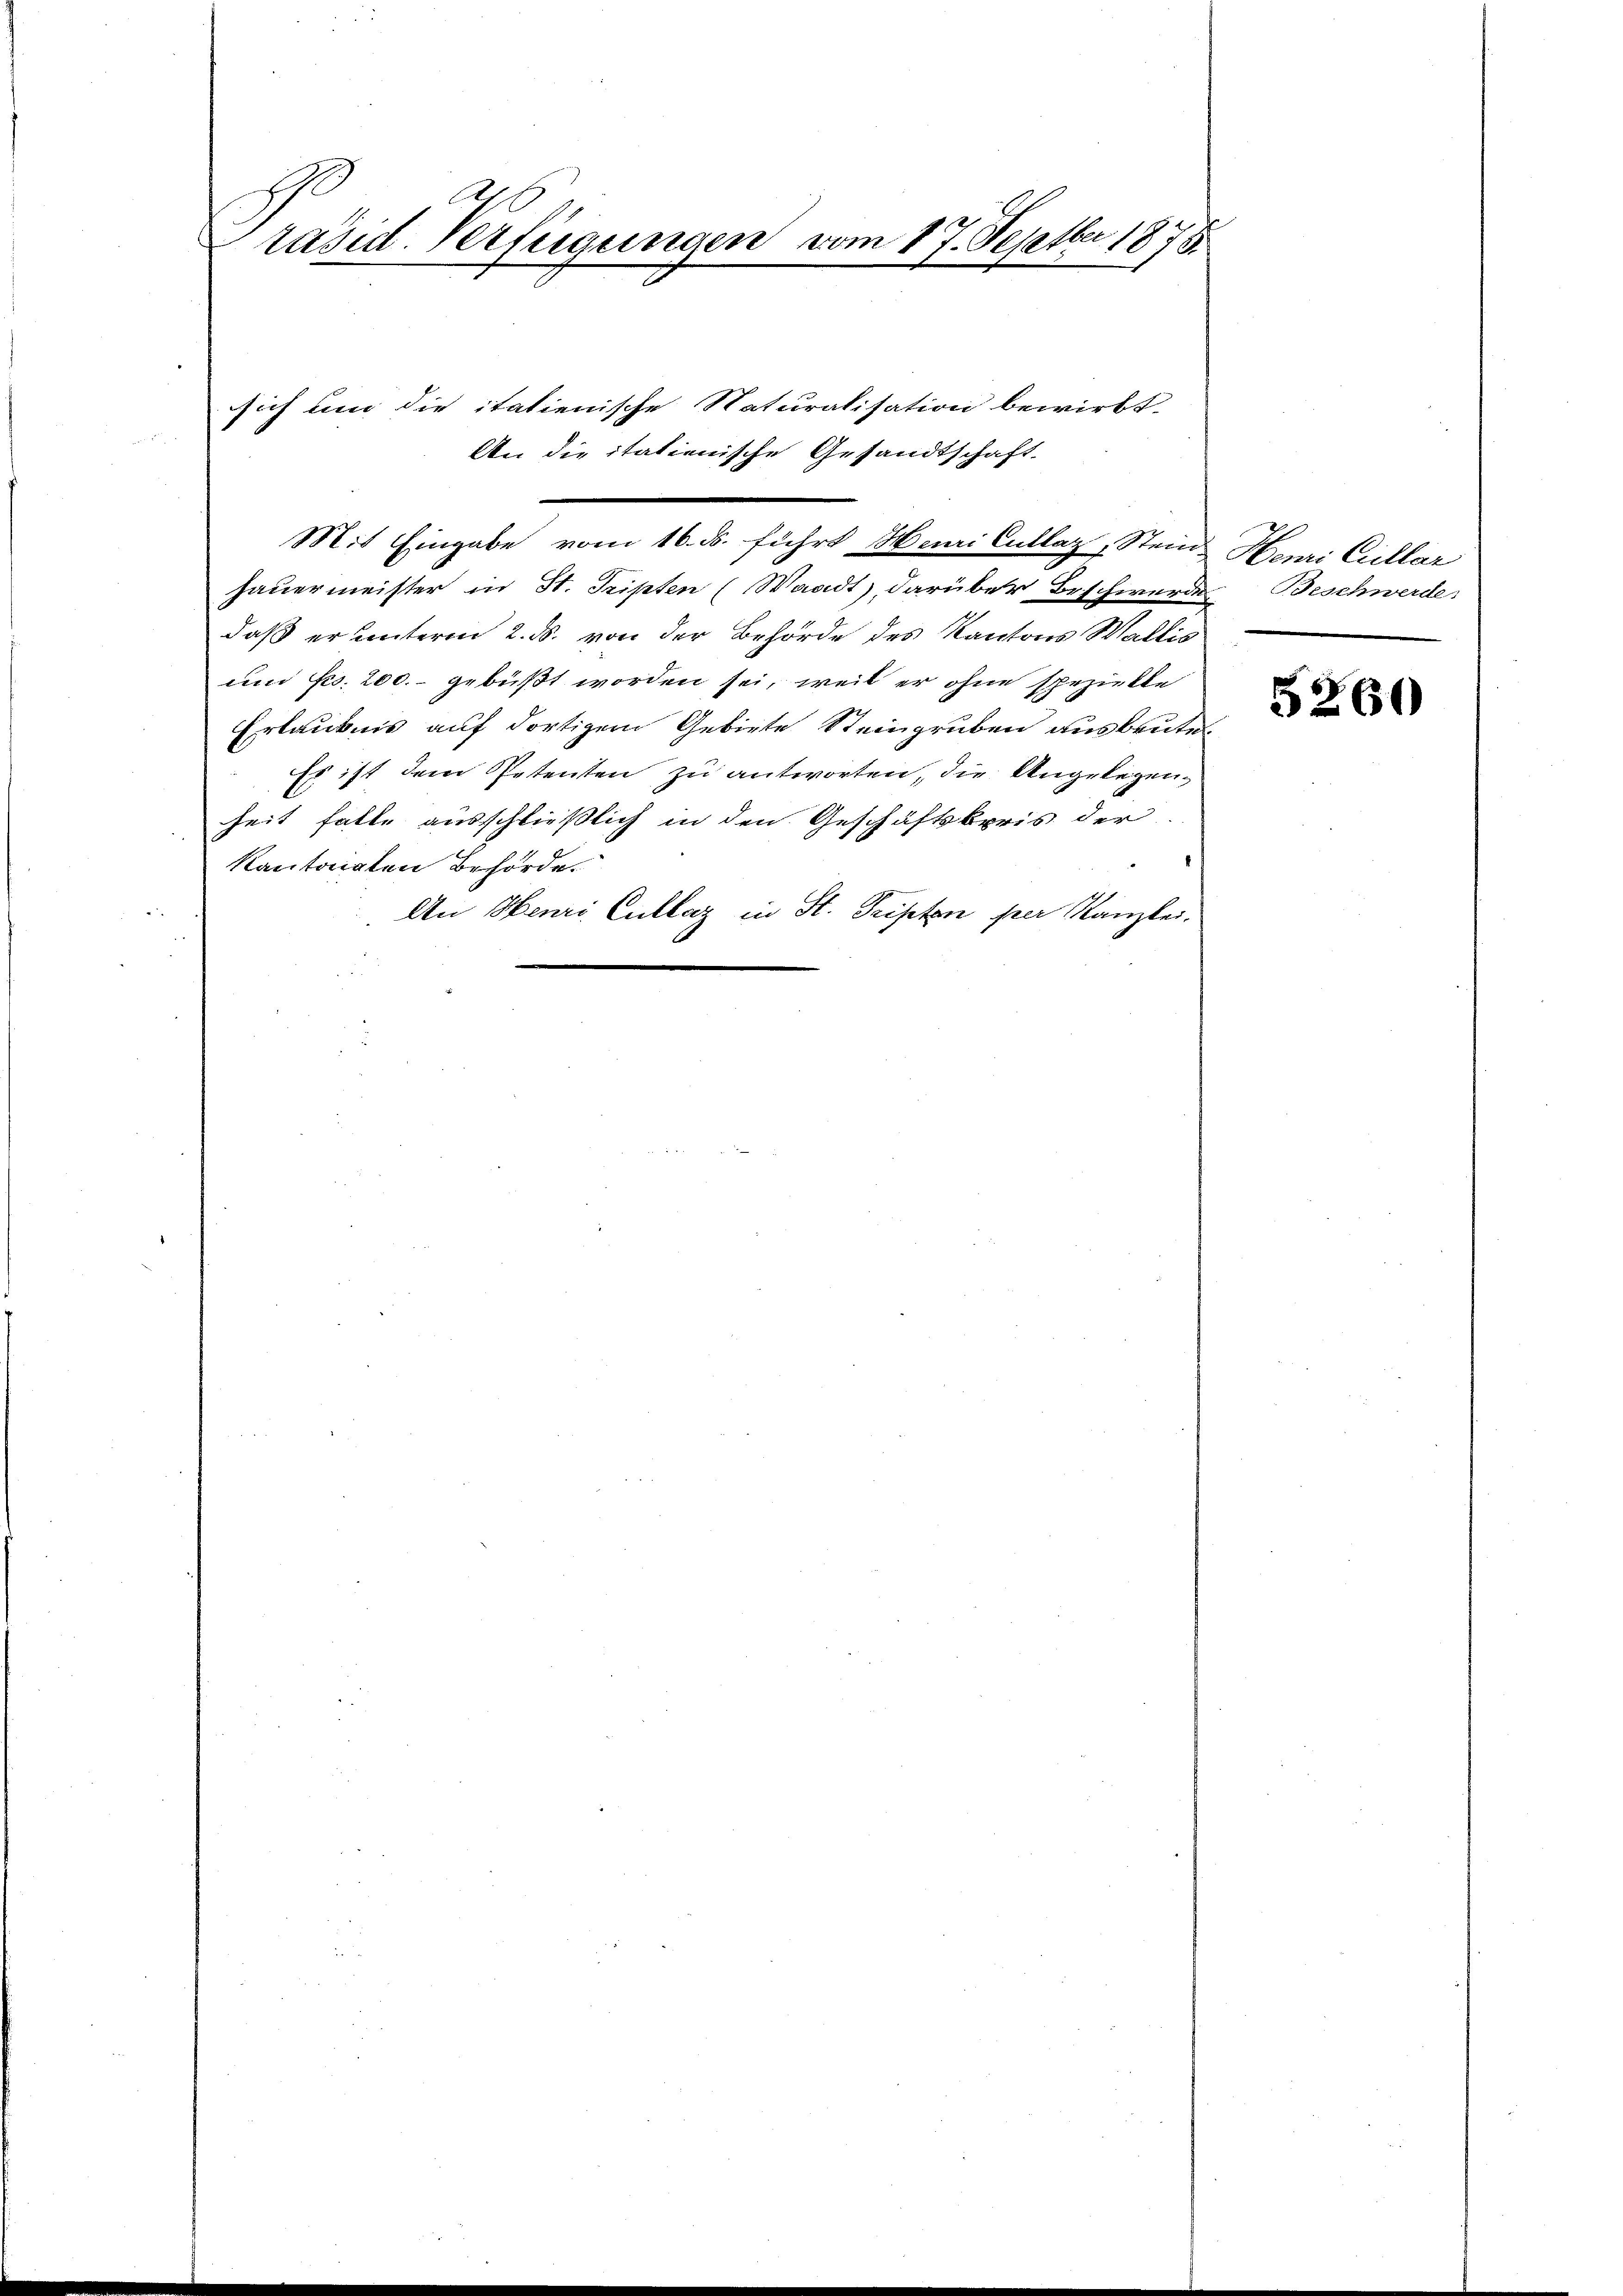
räsid. Verfügungen vom 17. Septbr 1875.
.

sich um die italienische Naturalisation bewirkt.
An die itationische Gesandtschaft

Mit Eingabe vom 16. ds. führt Huni Cullaz, Stand Henri Cullar
hauermeister in St. Tripten (Waadt), darüber Beschwerde Beschwerde
daß er unterm 2. ds. von der Behörde des Kantons Wallis
um No. 200.- gebüßt worden sei, weil er ohne spezielle
Erlaubnis auf dortigem Gebiete Steingruben ausbeute.
Es ist dem Petenten zu antworten, die Angelegenheit falle ausschließlich in den Geschäftsberis der
kantonalen Behörde.
An Henri Cullaz in St. Tripeten per Kanzlei.

5260